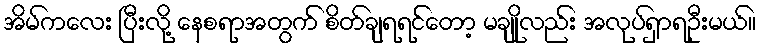
အိမ်ကလေး ပြီးလို့ နေစရာအတွက် စိတ်ချရရင်တော့ မချိုလည်း အလုပ်ရှာရဦးမယ်။